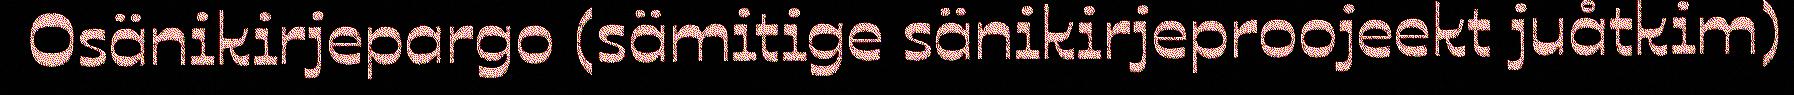
Osänikirjepargo (sämitige sänikirjeproojeekt juåtkim)